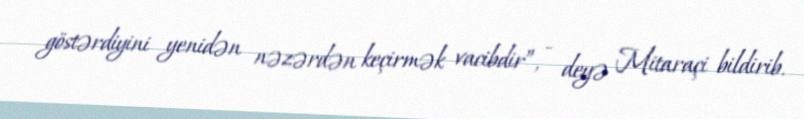
göstərdiyini yenidən nəzərdən keçirmək vacibdir”, - deyə Mitaraçi bildirib.